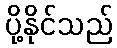
ပို့နိုင်သည်